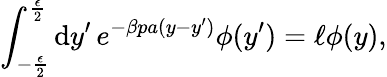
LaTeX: \int_{-\frac{\epsilon}{2}}^{\frac{\epsilon}{2}}\mathrm{d}y^{\prime}\, e^{-\beta pa(y-y^{\prime})}\phi(y^{\prime})=\ell\phi(y),